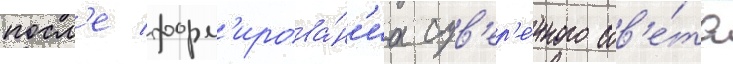
посл'е форм'ирова́н'иа сув'ер'е́нного сов'е́та